Report of the Indian Hemp Drugs Commission, 1894-1895 - Volume VII
Year: 1894
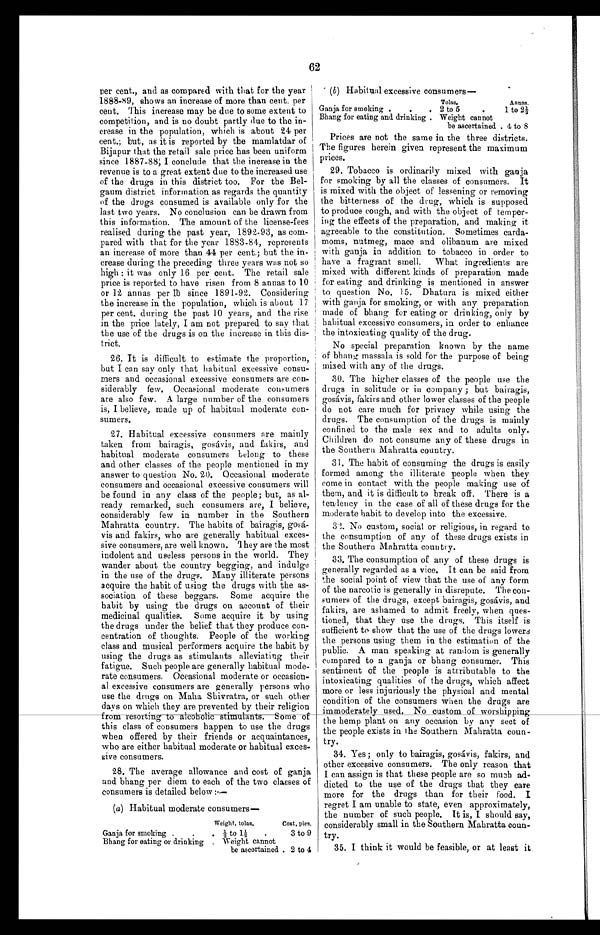
62
per cent., and as compared with that for the year
1888-89, shows an increase of more than cent. per
cent. This increase may be due to some extent to
competition, and is no doubt partly due to the in
-
crease in the population, which is about 24 per
cent.; but, as it is reported by the mamlatdar of
Bijapur that the retail sale price has been uniform
since 1887-88; I conclude that the increase in the
revenue is to a great extent due to the increased use
of the drugs in this district too. For the Bel
-
gaum district information as regards the quantity
of the drugs consumed is available only for the
last two years. No conclusion can be drawn from
this information. The amount of the license-fees
realised during the past year, 1892-93, as com
-
pared with that for the year 1883-84, represents
an increase of more than 44 per cent.; but the in
-
crease during the preceding three years was not so
high: it was only 16 per cent. The retail sale
price is reported to have risen from 8 annas to 10
or 12 annas per lb since 1891-92. Considering
the increase in the population, which is about 17
per cent. during the past 10 years, and the rise
in the price lately, I am not prepared to say that
the use of the drugs is on the increase in this dis
-
trict.
26. It is difficult to estimate the proportion,
but I can say only that habitual excessive consu
-
mers and occasional excessive consumers are con
-
siderably few. Occasional moderate consumers
are also few. A large number of the consumers
is, I believe, made up of habitual moderate con
-
sumers.
27. Habitual excessive consumers are mainly
taken from bairagis, gosávis, and fakirs, and
habitual moderate consumers belong to these
and other classes of the people mentioned in my
answer to question No. 20. Occasional moderate
consumers and occasional excessive consumers will
be found in any class of the people; but, as al
-
ready remarked, such consumers are, I believe,
considerably few in number in the Southern
Mahratta country. The habits of bairagis,
g o s á -
vis and fakirs, who are generally habitual exces
-
sive consumers, are well known. They are the most
indolent and useless persons in the world. They
wander about the country begging, and indulge
in the use of the drugs. Many illiterate persons
acquire the habit of using the drugs with the as
-
sociation of these beggars. Some acquire the
habit by using the drugs on account of their
medicinal qualities. Some acquire it by using
the drugs under the belief that they produce con
-
centration of thoughts. People of the working
class and musical performers acquire the habit by
using the drugs as stimulants alleviating their
fatigue. Such people are generally habitual mode
-
rate consumers. Occasional moderate or occasion
-
al excessive consumers are generally persons who
use the drugs on Maha Shivratra, or such other
days on which they are prevented by their religion
f r o m r e s o r t i n g t o a l c o h o l i c s t i m u l a n t s . S o m e o f
this class of consumers happen to use the drugs
when offered by their friends or acquaintances,
who are either habitual moderate or habitual exces
-
sive consumers.
28. The average allowance and cost of ganja
and bhang per diem to each of the two classes of
consumers is detailed below:—
(a) Habitual moderate consumers—
Weight, tolas.
Cost, pies.
Ganja for smoking
½ to 1½
3 to 9
Bhang for eating or drinking
Weight cannot
be ascertained 2 to 4
(b ) Habitual excessive consumers
—
Prices are not the same in the three districts.
The figures herein given represent the maximum
prices.
29. Tobacco is ordinarily mixed with ganja
for smoking by all the classes of consumers. It
is mixed with the object of lessening or removing
the bitterness of the drug, which is supposed
to produce cough, and with the object of temper
-
ing the effects of the preparation, and making it
agreeable to the constitution. Sometimes carda
-
moms, nutmeg, mace and olibanum are mixed
with ganja in addition to tobacco in order to
have a fragrant smell. What ingredients are
mixed with different kinds of preparation made
for eating and drinking is mentioned in answer
to question No. 15. Dhatura is mixed either
with ganja for smoking, or with any preparation
made of bhang for eating or drinking, only by
habitual excessive consumers, in order to enhance
the intoxicating quality of the drug.
No special preparation known by the name
of bhang massala is sold for the purpose of being
mixed with any of the drugs.
30. The higher classes of the people use the
drugs in solitude or in company; but bairagis,
gosávis, fakirs and other lower classes of the people
do not care much for privacy while using the
drugs. The consumption of the drugs is mainly
confined to the male sex and to adults only.
Children do not consume any of these drugs in
the Southern Mahratta country.
31. The habit of consuming the drugs is easily
formed among the illiterate people when they
come in contact with the people making use of
them, and it is difficult to break off. There is a
tendency in the case of all of these drugs for the
moderate habit to develop into the excessive.
32. No custom, social or religious, in regard to
the consumption of any of these drugs exists in
the Southern Mahratta country.
33. The consumption of any of these drugs is
generally regarded as a vice. It can be said from
the social point of view that the use of any form
of the narcotic is generally in disrepute. The con
-
sumers of the drugs, except bairagis, gosávis, and
f a k i r s , a r e a s h a m e d t o a d m i t f r e e l y , w h e n q u e s -
t i o n e d , t h a t t h e y u s e t h e d r u g s . T h i s i t s e l f i s
sufficient to show that the use of the drugs lowers
the persons using them in the estimation of the
public. A man speaking at random is generally
compared to a ganja or bhang consumer. This
sentiment of the people is attributable to the
intoxicating qualities of the drugs, which affect
more or less injuriously the physical and mental
condition of the consumers when the drugs are
i m m o d e r a t e l y u s e d . N o c u s t o m o f w o r s h i p p i n g
the hemp plant on any occasion by any sect of
the people exists in the Southern Mahratta coun
-
try.
34. Yes; only to bairagis, gosávis, fakirs, and
other excessive consumers. The only reason that
I can assign is that these people are so much ad
-
dicted to the use of the drugs that they care
more for the drugs than for their food. I
regret I am unable to state, even approximately,
the number of such people. It is, I should say,
considerably small in the Southern Mahratta coun
-
try.
35. I think it would be feasible, or at least it.
Tolas.
Annas.
Ganja for smoking
2 to 5
1 to 2½
Bhang for eating and drinking
Weight cannot
be ascertained 4 to 8